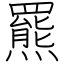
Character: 羆